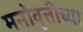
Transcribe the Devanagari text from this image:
मनोवृत्तीच्या